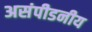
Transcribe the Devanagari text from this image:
असंपीडनीय